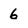
Character: 6